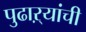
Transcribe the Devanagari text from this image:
पुढाऱ्यांची